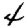
Digit: 4